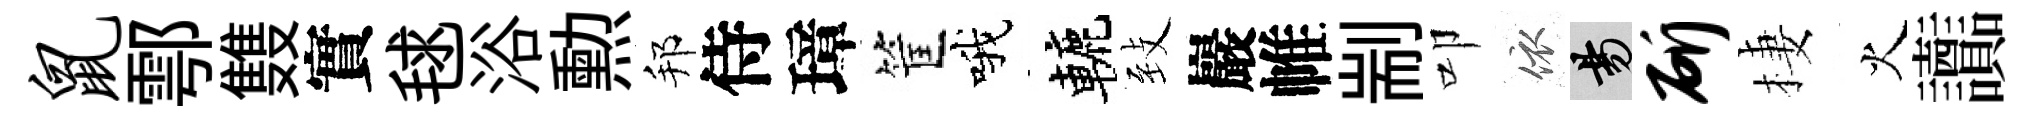
鼠鄠䨇實毬浴勲邦侍璋筐哦轆𦤺巖帷剬叩依昜斫棲火讟